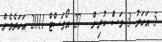
5 އަހަރު 3 މަސް ކުރިން - 27 އޯގަސްޓް 2011 އަހަރެމެން